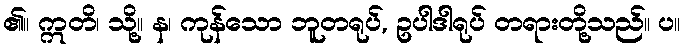
၏။ ဣတိ၊ သို့။ န၊ ကုန်သော ဘူတရုပ်, ဥပါဒါရုပ် တရားတို့သည်။ ပ။